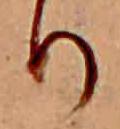
り